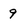
Character: 9